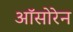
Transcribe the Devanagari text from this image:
ऑसोरेन